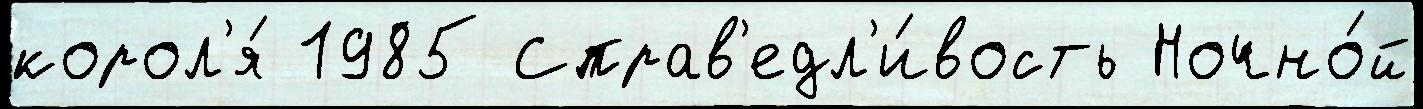
корол'я́ 1985 Справ'едл'и́вость Ночно́й